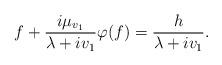
LaTeX: \begin{align*} f + \frac{ i \mu_{v_1}}{\lambda + i v_1} \varphi(f) = \frac{h}{\lambda + iv_1 } .\end{align*}